Civil Veterinary Department Bihar reports 1940-50 - 1940-1950
Year: 1940
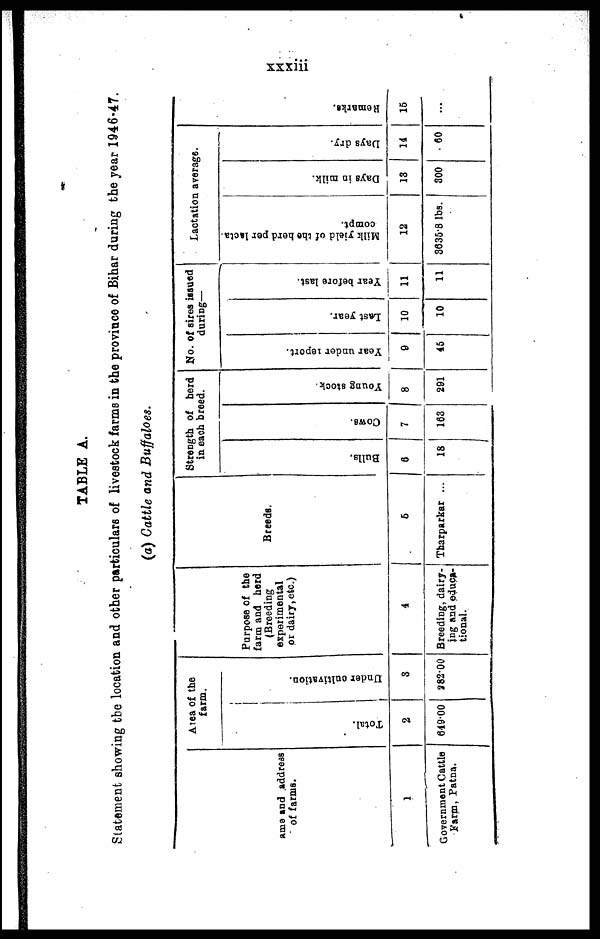
xxxiii
TABLE A.
Statement showing the location and other particulars of livestock farms in the province of Bihar during the year 1946-47.
(a) Cattle and Buffaloes.
Name and address
of farms.
1
Government Cattle
Farm, Patna.
Area of the
farm.
Total.
2
649.00
Unde r cultivation.
3
282.00
Purpose of the
farm and herd
(Breeding
experimental
or dairy, etc.)
4
Breeding, dairy-
ing and educa-
tional.
Breeds.
6
Tharparkar ...
Strength of herd
in each breed.
Bulls.
6
18
Cows .
7
163
Young stock.
8
291
No. of sires issued
during—
Year under report.
9
45
Last year .
10
10
Year bef or e last.
11
11
Lactation average.
Milk yield of the herd per lacta-
compt.
12
3635.8 lbs.
Days in milk.
13
300
Days dry.
14
60
Re ma r
ks .
15